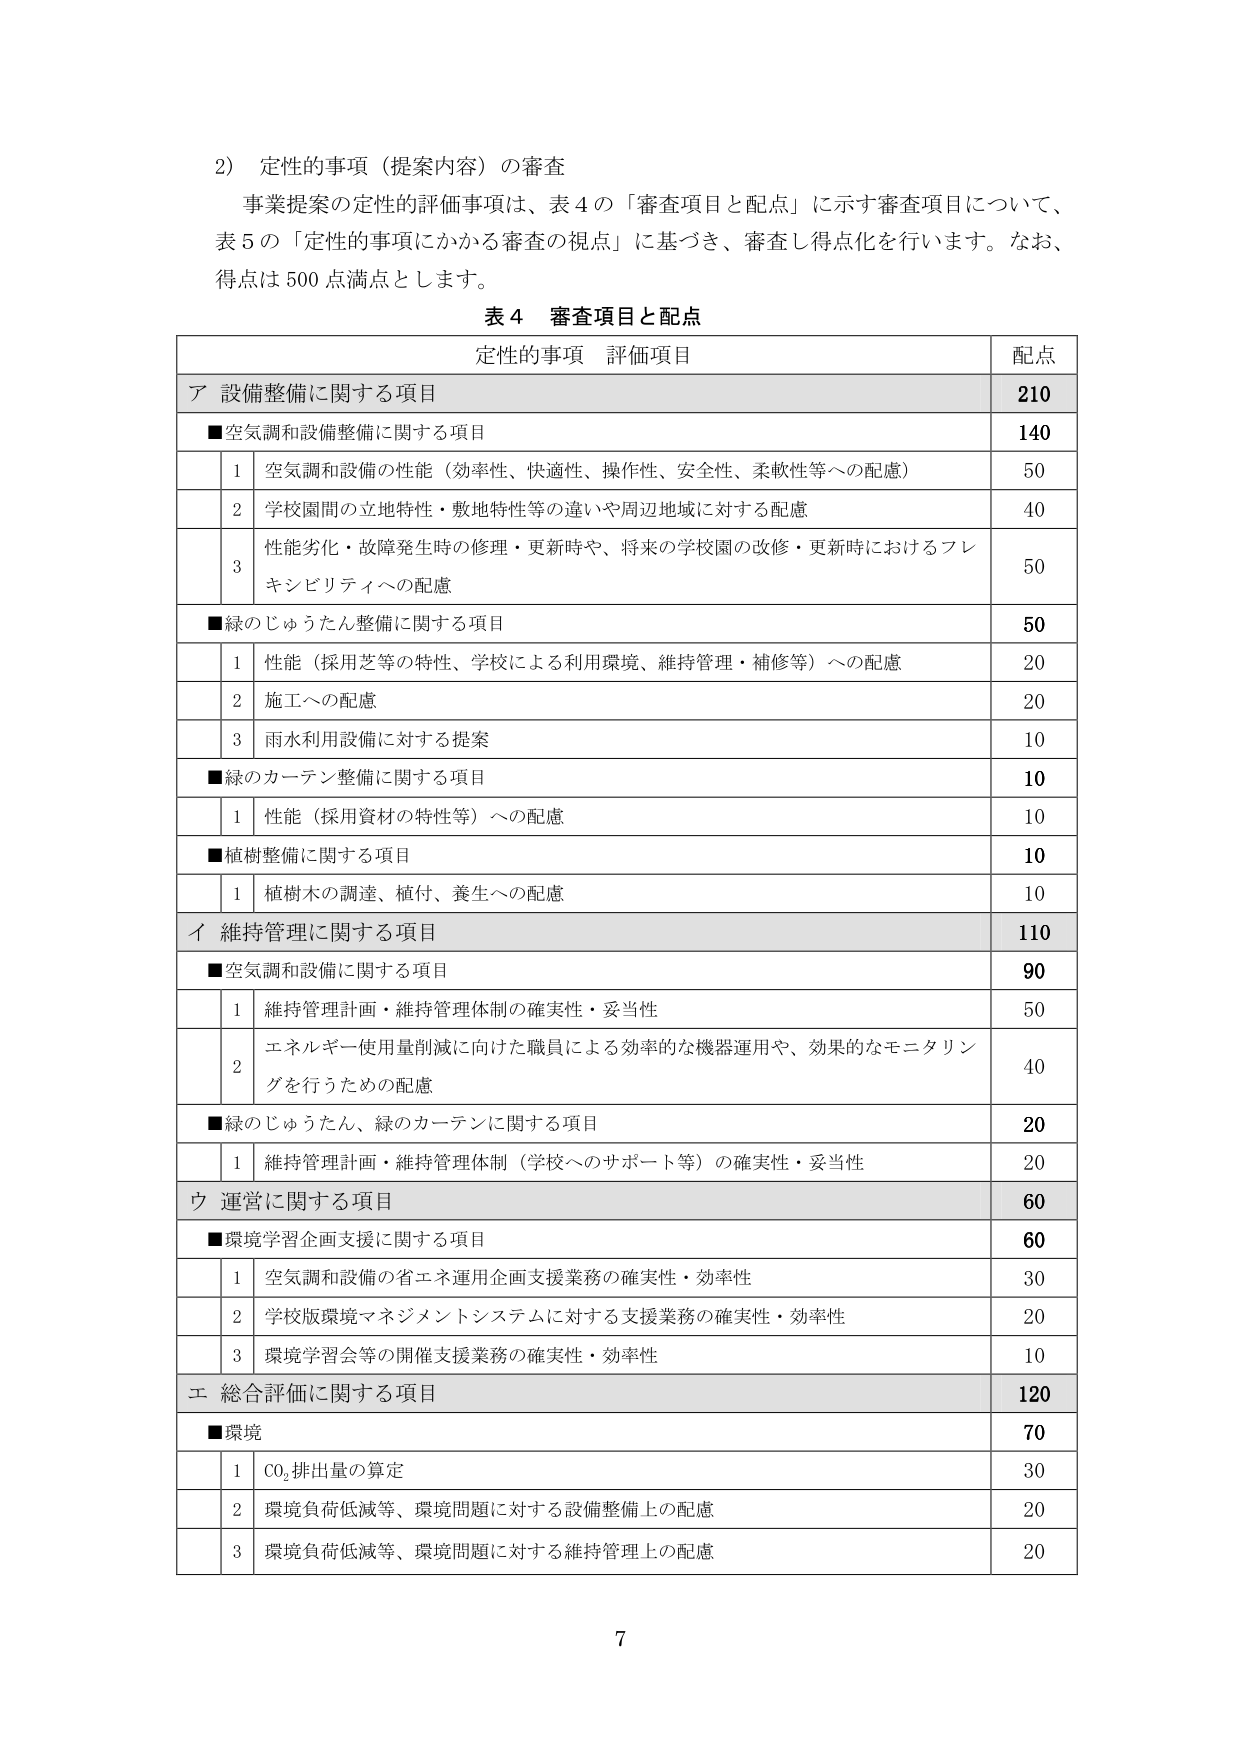
2) 定性的事項（提案内容）の審査
事業提案の定性的評価事項は、表4の「審査項目と配点」に示す審査項目について、
表5の「定性的事項にかかる審査の視点」に基づき、審査し得点化を行います。なお、
得点は500点満点とします。

表4 審査項目と配点
定性的事項 評価項目 配点

ア 設備整備に関する項目 210
■空気調和設備整備に関する項目 140
　　1 空気調和設備の性能（効率性、快適性、操作性、安全性、柔軟性等への配慮） 50
　　2 学校園間の立地特性・敷地特性等の違いや周辺地域に対する配慮 40
　　3 性能劣化・故障発生時の修理・更新時や、将来の学校園の改修・更新時におけるフレキシビリティへの配慮 50
■緑のじゅうたん整備に関する項目 50
　　1 性能（採用芝等の特性、学校による利用環境、維持管理・補修等）への配慮 20
　　2 施工への配慮 20
　　3 雨水利用設備に対する提案 10
■緑のカーテン整備に関する項目 10
　　1 性能（採用資材の特性等）への配慮 10
■植樹整備に関する項目 10
　　1 植樹木の調達、植付、養生への配慮 10

イ 維持管理に関する項目 110
■空気調和設備に関する項目 90
　　1 維持管理計画・維持管理体制の確実性・妥当性 50
　　2 エネルギー使用量削減に向けた職員による効率的な機器運用や、効果的なモニタリングを行うための配慮 40
■緑のじゅうたん、緑のカーテンに関する項目 20
　　1 維持管理計画・維持管理体制（学校へのサポート等）の確実性・妥当性 20

ウ 運営に関する項目 60
■環境学習企画支援に関する項目 60
　　1 空気調和設備の省エネ運用企画支援業務の確実性・効率性 30
　　2 学校版環境マネジメントシステムに対する支援業務の確実性・効率性 20
　　3 環境学習会等の開催支援業務の確実性・効率性 10

エ 総合評価に関する項目 120
■環境 70
　　1 CO₂排出量の算定 30
　　2 環境負荷低減等、環境問題に対する設備整備上の配慮 20
　　3 環境負荷低減等、環境問題に対する維持管理上の配慮 20

7